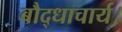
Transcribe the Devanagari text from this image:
बौद्धाचार्य।